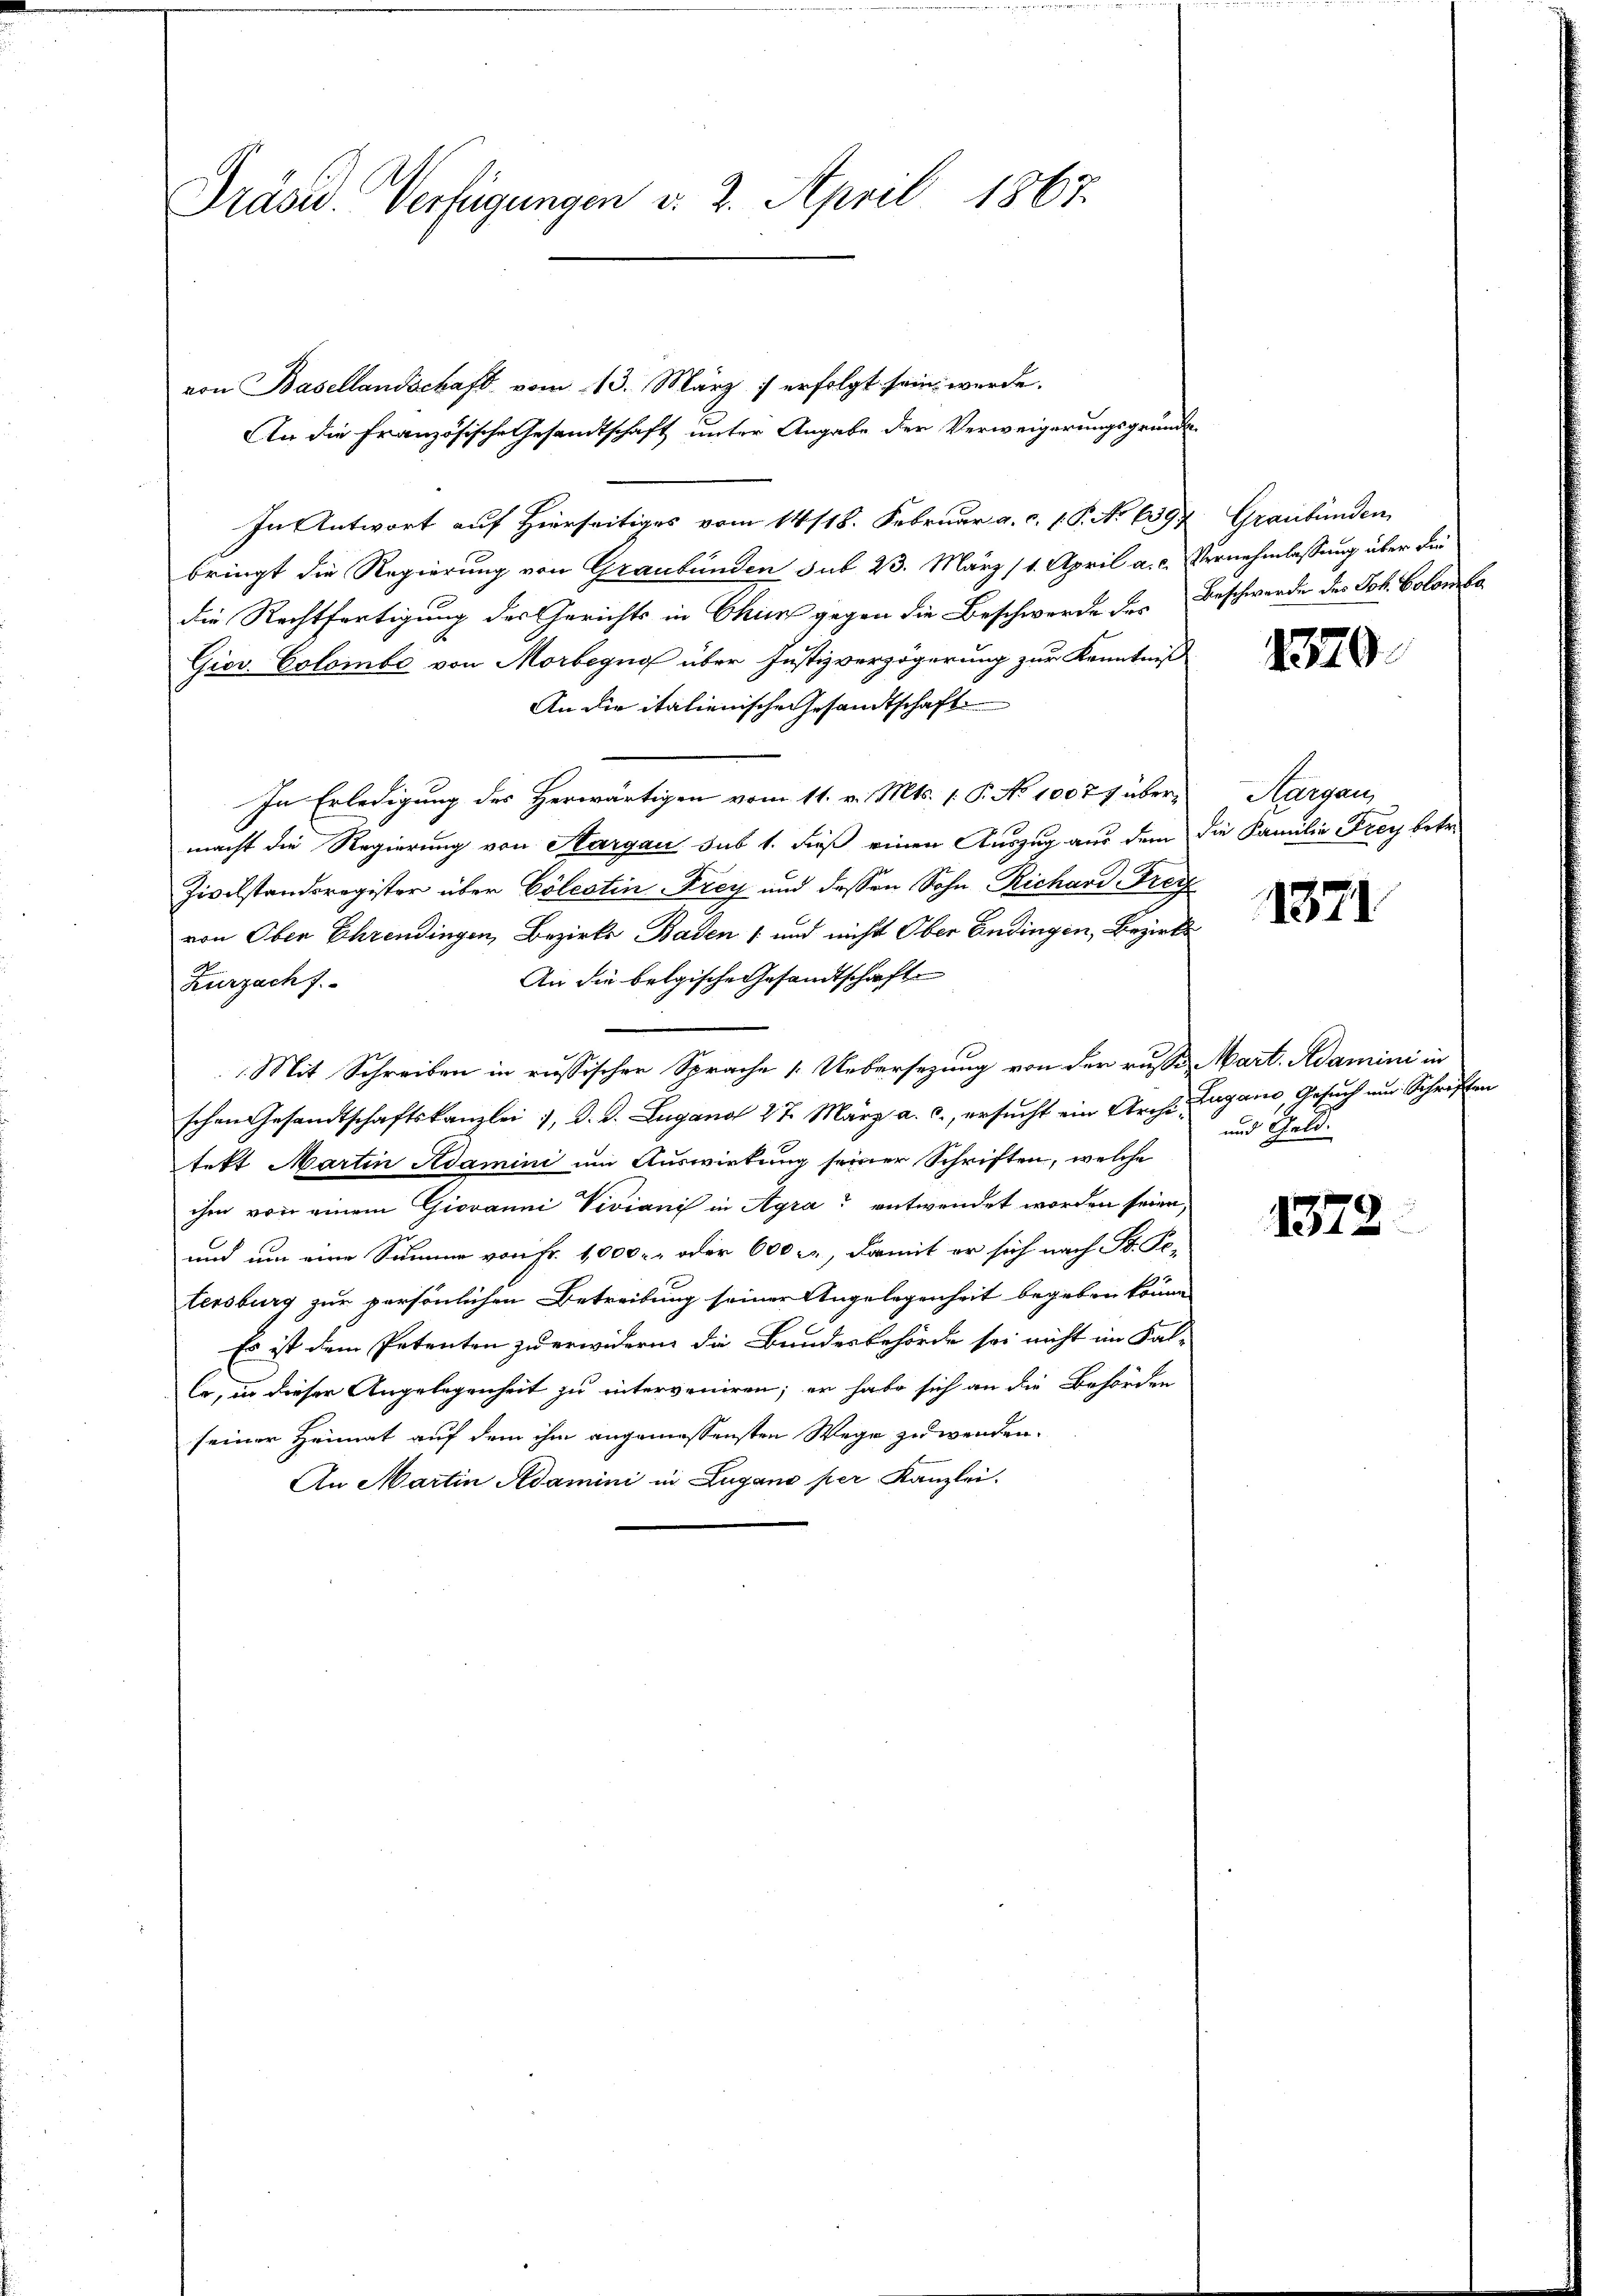
Präsid. Verfügungen v. 2. April 1867.

von Basellandschaft vom 13. März 1 erfolgt sein werde.
An die Französische Gesandtschaft unter Angabe der Verweigerungsgründe.
In Antwort auf Hierseitiges vom 14/18. Februar a. c. 1 S. No 639
bringt die Regierung von Graubünden sub 23. März (1. April a. c. Vernehmlassung über die
die Rechtfertigung des Gerichts in Chur gegen die Beschwerde des Beschwerden des Joh. Colonta
Giov. Colombe von Morbegug über Justizverzögerung zur Kenntniß
An die italienische Gesandtschaft
In Erledigung des Herwärtigen vom 11. v. Mts. (T. No 10077 übermacht die Regierung von Aargau sub 1. dieß einen Auszug aus dem die Familie Frey betr.
Zivilstandsregister über Cölestin Frey und dessen Sohn Richard Frey
von Oben Ehrendingen, Bezirks Baden 1 und nicht Ober Endingen, Bezirks
An die belgische Gesandtschaft
Zurzach f.
Mit Schreiben in russischen Sprache 1. Uebersezung von der russe Mart. Adamini in
schen Gesandtschaftskanzlei 1, d. d. Lugano 27. März a. c., ersucht ein Arch. Lugano Gesuch um Schriften
tekt Martin Adamini um Auswirkung seiner Schriften, welche
ihm von einem Giovanni Viviani in Agra entwendet worden seien,
und um eine Summe von Fr. 1,000 - - oder 600 c, damit er sich nach St. Pe-
tersburg zur persönlichen Betreibung seiner Angelegenheit begeben könne
Es ist dem Petenten zu erwidern die Bundesbehörde sei nicht im Fal-
le, in dieser Angelegenheit zu interveniren; er habe sich an die Behörden
seiner Heimat auf dem ihm angemessensten Wege zuwenden.
An Martin Adamini in Zugano per Kanzlei.

Graubünden

8370.

Hargau,

1371

und Geld.

1372